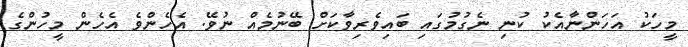
މީހަކު އަހަންނާއެކު ކުނި ނެގުމުގައި ބައިވެރިވާކަށް ބޭނުމެއް ނުވޭ. އެހެންވެ އެހެން މީހުންގެ